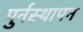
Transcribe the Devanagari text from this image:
पुर्नस्थापन